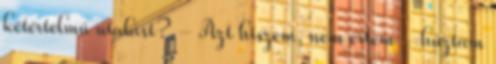
kétértelmű utalást? - Azt hiszem, nem értem - húztam